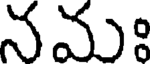
నమః